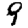
Digit: 9